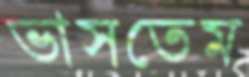
ভাসতেম